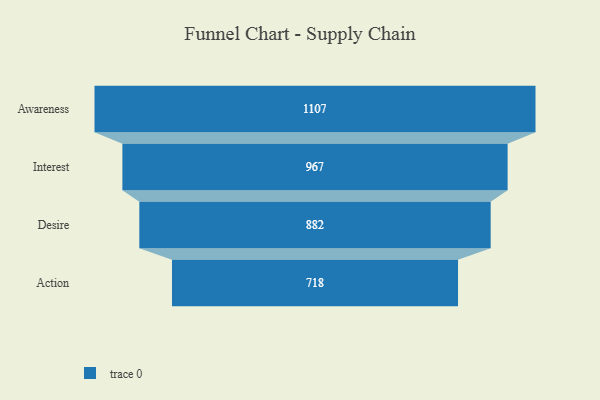
{"axis": {"x": "Stage", "y": "Value"}, "legend": [""], "data": [{"x": "Awareness", "y": 1107.0, "type": ""}, {"x": "Interest", "y": 967.0, "type": ""}, {"x": "Desire", "y": 882.0, "type": ""}, {"x": "Action", "y": 718.0, "type": ""}]}